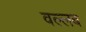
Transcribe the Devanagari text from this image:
वल्लब